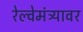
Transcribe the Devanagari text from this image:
रेल्वेमंत्र्यावर